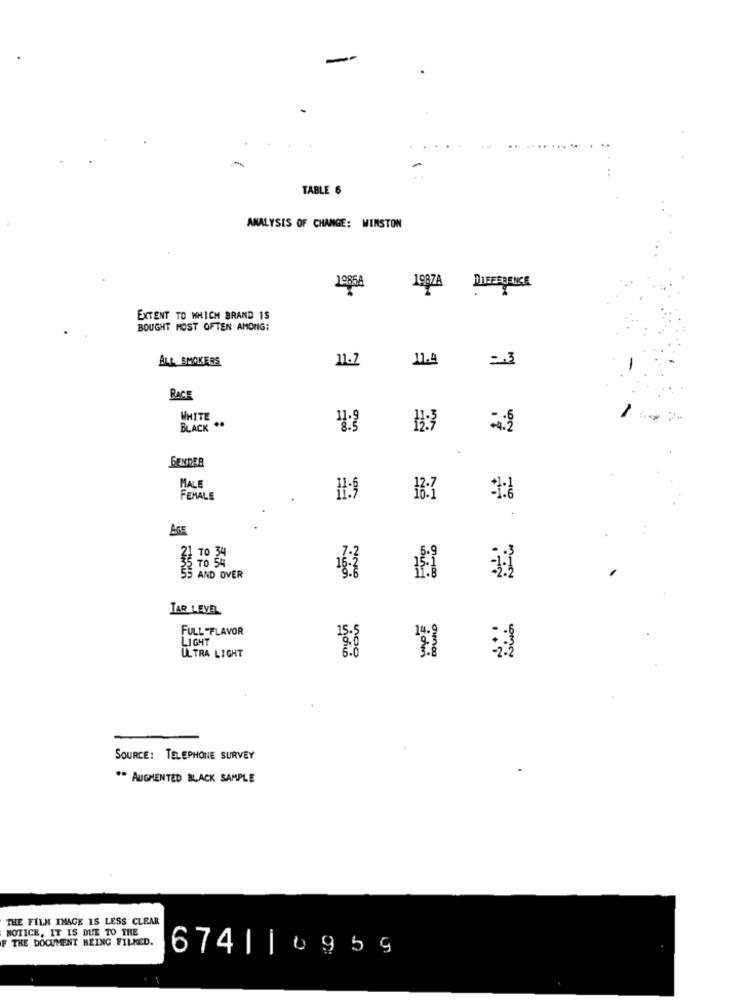
-
TABLE 6
ANALYSIS OF CHANGE: WINSTON
10854
DIFFERENCE
199ZA
EXTENT TO WHICH BRAND 1S
BOUGHT MOST OFTEN AMONG:
ALL SMOKERS
11.2
11.4
RACE
WHITE
BLACK ..
FENDER
MALE
FEMALE
AGE
5 TO 54
55 AND OVER
TAR LEVEL
FULL -FLAVOR
LIGHT
ULTRA LIGHT
SOURCE: TELEPHONE SURVEY
** AUGMENTED BLACK SAMPLE
THE FILM IMAGE IS LESS CLEAR
NOTICE, IT IS DUE TO THE
F THE DOCUMENT BEING FILMED.
674| | 0959